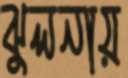
ঝুলনায়